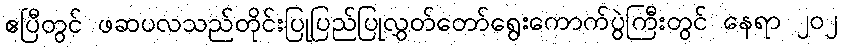
ဧပြီတွင် ဖဆပလသည်တိုင်းပြုပြည်ပြုလွှတ်တော်ရွေးကောက်ပွဲကြီးတွင် နေရာ ၂၀၂